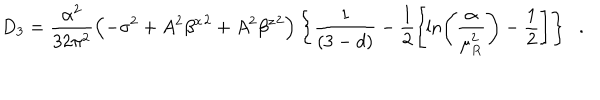
D _ { 3 } = \frac { \alpha ^ { 2 } } { 3 2 \pi ^ { 2 } } \left( - \sigma ^ { 2 } + A ^ { 2 } { \beta ^ { x } } ^ { 2 } + A ^ { 2 } { \beta ^ { z } } ^ { 2 } \right) \left\{ \frac { 1 } { ( 3 - d ) } - \frac { 1 } { 2 } \left[ \ln \left( \frac { \alpha } { \mu _ { R } ^ { 2 } } \right) - \frac { 1 } { 2 } \right] \right\} \; \; .